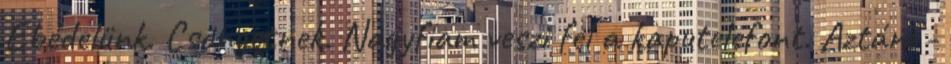
Ebédelünk. Csöngetnek. Nagyfiam veszi fel a kaputelefont. Aztán: -